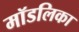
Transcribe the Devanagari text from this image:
मॉडलिका